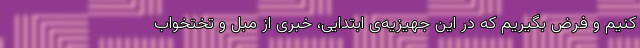
کنیم و فرض بگیریم که در این جهیزیه‌ی ابتدایی، خبری از مبل و تختخواب